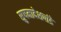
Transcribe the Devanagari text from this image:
सुषमादेशपांडे